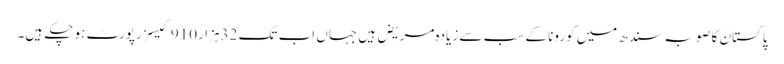
پاکستان کا صوبہ سندھ میں کورونا کے سب سے زیادہ مریض ہیں جہاں اب تک 32ہزار910 کیسز رپورٹ ہو چکے ہیں۔